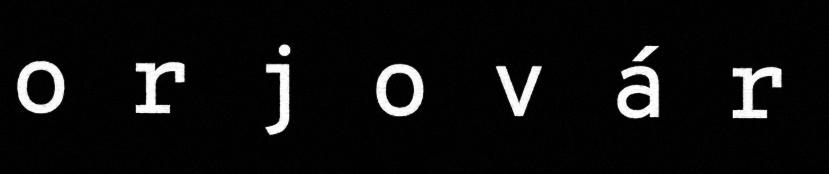
o r j o v á r